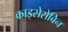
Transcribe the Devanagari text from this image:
क्राइसेरोबिन